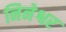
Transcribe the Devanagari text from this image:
निनेश्वर